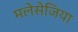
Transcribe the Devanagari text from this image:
मलेसेजिया